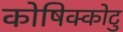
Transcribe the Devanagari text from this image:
कोषिक्कोटु